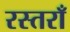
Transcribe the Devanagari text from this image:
रस्तराँ